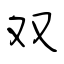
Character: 双